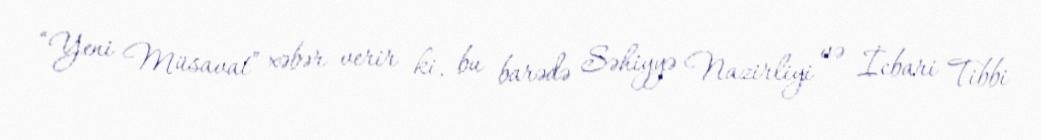
“Yeni Müsavat” xəbər verir ki, bu barədə Səhiyyə Nazirliyi və İcbari Tibbi